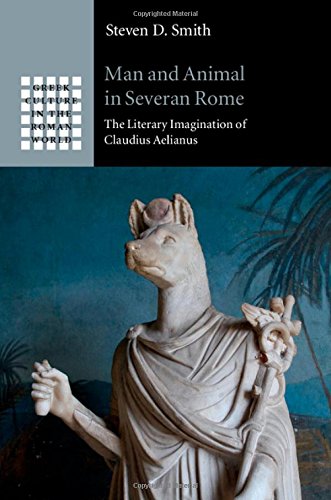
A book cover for Man and Animal in Severan Rome: The Literary Imagination of Claudius Aelianus (Greek Culture in the Roman World); Professor Steven D. Smith; Literature & Fiction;